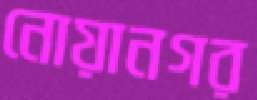
নোয়ানগর